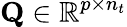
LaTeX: \mathbf{Q}\in\mathbb{R}^{p\times n_{t}}